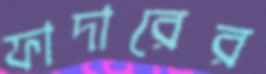
ফাদারের